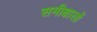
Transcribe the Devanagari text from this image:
समीक्षालों